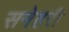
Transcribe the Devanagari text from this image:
सनेहरी